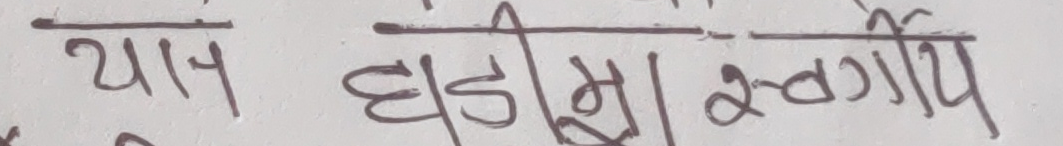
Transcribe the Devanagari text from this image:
यान घडीमा स्वर्गीय